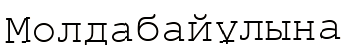
Молдабайұлына